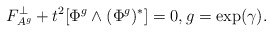
\begin{align*}F_{A^g}^\perp+t^2[\Phi^g\wedge(\Phi^g)^*] = 0, g = \exp(\gamma).\end{align*}